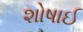
શોષાઈ